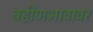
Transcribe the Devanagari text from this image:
बहीणभावावर